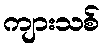
ကျားသစ်